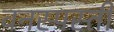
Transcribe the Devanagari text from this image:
वनस्पस्ती